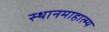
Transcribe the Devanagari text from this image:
स्थानमाहात्म्य